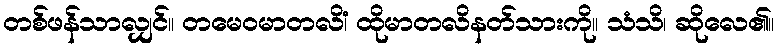
တစ်ဖန်သာလျှင်။ တမေဝမာတလိံ၊ ထိုမာတလိနတ်သားကို။ သံသိ၊ ဆိုလေ၏။